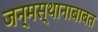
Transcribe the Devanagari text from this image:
जन्मस्थानाबाबत